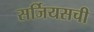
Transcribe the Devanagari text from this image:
सर्जियसची